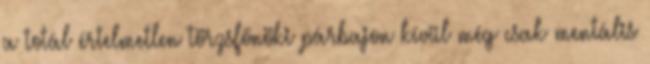
a totál értelmetlen törzsfőnöki párbajon kívül még csak mentális